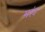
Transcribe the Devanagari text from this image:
मरंद